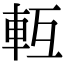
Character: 𨋆